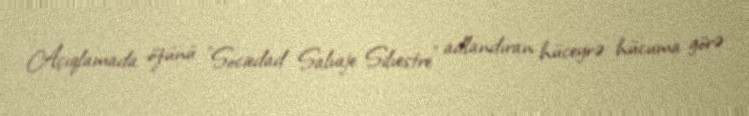
Açıqlamada özünü "Sociedad Salvaje Silvestre" adlandıran hüceyrə hücuma görə